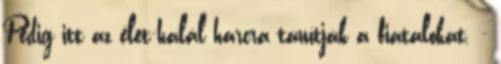
Pedig itt az élet-halál harcra tanítják a fiatalokat. -